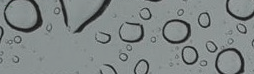
عروض مميزة